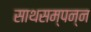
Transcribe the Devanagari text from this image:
साथसम्पन्न